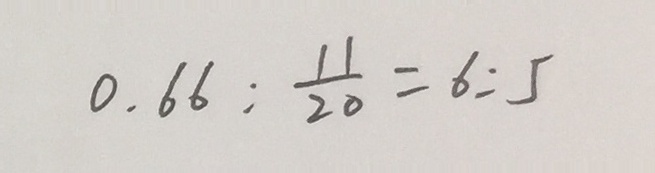
0 . 6 6 : \frac { 1 1 } { 2 0 } = 6 : 5